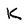
Character: K